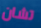
تشان